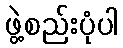
ဖွဲ့စည်းပုံပါ